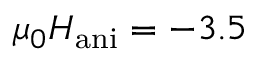
\mu _ { 0 } H _ { \mathrm { a n i } } = - 3 . 5